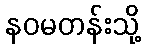
နဝမတန်းသို့